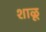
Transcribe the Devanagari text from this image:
शाळू